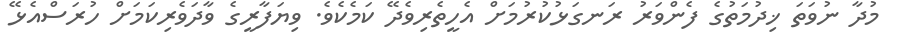
މުދާ ނުވަތަ ޚިދުމަތުގެ ފެންވަރު ރަނގަޅުކުރުމަށް އެހީތެރިވެދޭ ކަމެކެވެ. ވިޔަފާރީގެ ވާދަވެރިކަމަށް ހުރަސްއެޅޭ